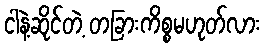
ငါနဲ့ဆိုင်တဲ့ တခြားကိစ္စမဟုတ်လား